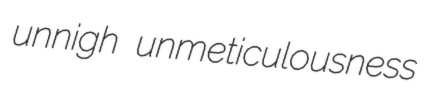
unnigh unmeticulousness